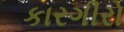
કારગીરો